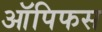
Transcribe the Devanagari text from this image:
ऑपिफस